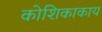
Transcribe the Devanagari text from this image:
कोशिकाकाय